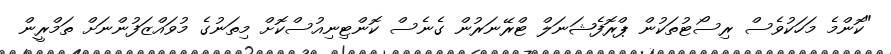
"ކޮންމެ މަހަކުވެސް ރިސޯޓުތަކުން ޕްރޮފެޝަނަލް ޓްރޭނަރުން ގެނެސް ކޮންޓިނިއުސްކޮށް މިތަނުގެ މުވައްޒަފުންނަށް ތަމްރީން